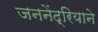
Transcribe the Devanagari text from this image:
जननेंद्रियाने